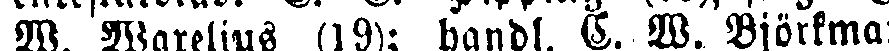
W. Warelius (19); handl. C. W. Björkman